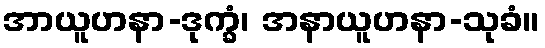
အာယူဟနာ-ဒုက္ခံ၊ အနာယူဟနာ-သုခံ။